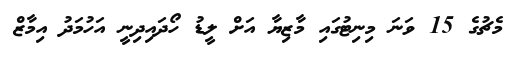
މެޗުގެ 15 ވަނަ މިނިޓުގައި މާޒިޔާ އަށް ލީޑު ހޯދައިދިނީ އަހުމަދު އިމާޒް